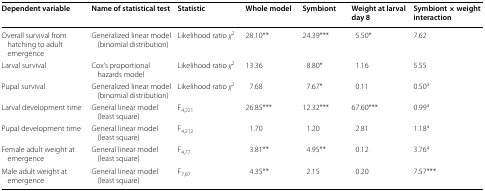
| Dependent variable | Name of statistical test | Statistic | Whole model | Symbiont | Weight at larval day 8 | Symbiont × weight interaction |
 | --- | --- | --- | --- | --- | --- | --- |
 | Overall survival from hatching to adult emergence | Generalized linear model (binomial distribution) | Likelihood ratio χ2 | 28.10** | 24.39*** | 5.50* | 7.62 |
 | Larval survival | Cox’s proportional hazards model | Likelihood ratio χ2 | 13.36 | 8.80* | 1.16 | 5.55 |
 | Pupal survival | Generalized linear model (binomial distribution) | Likelihood ratio χ2 | 7.68 | 7.67* | 0.11 | 0.50a |
 | Larval development time | General linear model (least square) | F4,221 | 26.85*** | 12.32*** | 67.60*** | 0.99a |
 | Pupal development time | General linear model (least square) | F4,212 | 1.70 | 1.20 | 2.81 | 1.18a |
 | Female adult weight at emergence | General linear model (least square) | F4,77 | 3.81** | 4.95** | 0.12 | 3.76a |
 | Male adult weight at emergence | General linear model (least square) | F7,87 | 4.35** | 2.15 | 0.20 | 7.57*** |